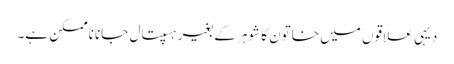
دیہی علاقوں میں خاتون کا شوہر کے بغیر ہسپتال جانا ناممکن ہے۔